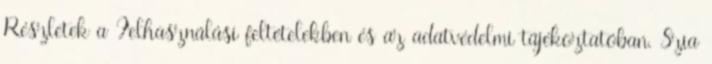
Részletek a Felhasználási feltételekben és az adatvédelmi tájékoztatóban. Szia